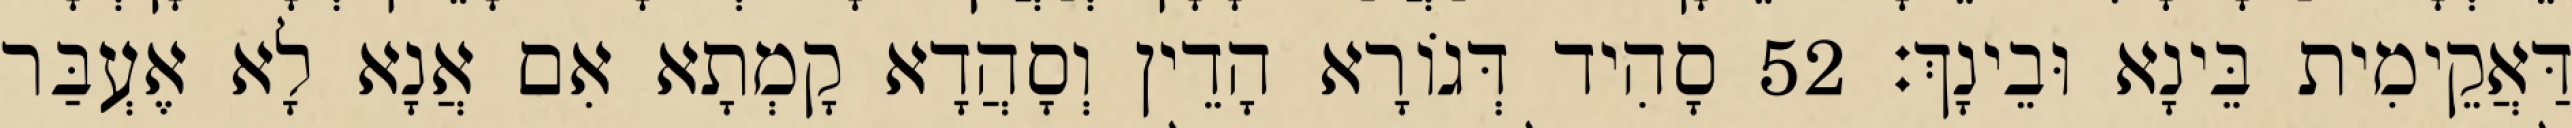
דַּאֲקֵימִית בֵּינָא וּבֵינָךְ׃ 52 סָהִיד דְּגוֹרָא הָדֵין וְסָהֲדָא קָמְתָא אִם אֲנָא לָא אֶעְבַּר